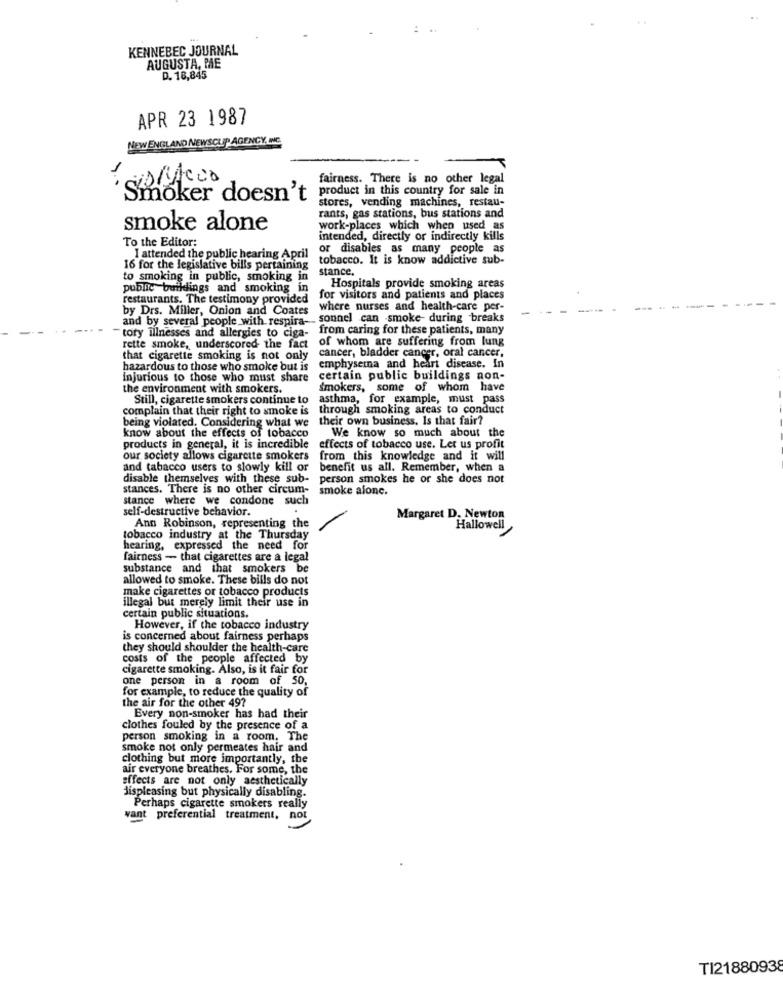
KENNEBEC JOURNAL
AUGUSTA, ME
D. 18,845
APR 23 1987
NEW ENGLAND NEWSCLIP AGENCY, INC.
1
fairness. There is no other legal
product in this country for sale in
'Smoker doesn't
stores, vending machines, restau-
rants, gas stations, bus stations and
smoke alone
work-places which when used as
intended, directly or indirectly kills
To the Editor:
or disables as many people as
I attended the public hearing April
tobacco. It is know addictive sub-
16 for the legislative bills pertaining
stance.
to smoking in public, smoking in
public buildings and smoking in
Hospitals provide smoking areas
restaurants. The testimony provided
for visitors and patients and places
by Drs. Miller, Onion and Coates
where nurses and health-care per-
and by several people with respira --
.sonnel can smoke- during breaks
from caring for these patients, many
tory illnesses and allergies to ciga-
of whom are suffering from lung
rette smoke, underscored the fact
cancer, bladder cancer, oral cancer,
that cigarette smoking is not only
hazardous to those who smoke but is
emphysema and heart disease. In
injurious to those who must share
certain public buildings non-
the environment with smokers.
Smokers, some of whom have
Still, cigarette smokers continue to
asthma, for example, must pass
complain that their right to smoke is
through smoking areas to conduct
their own business, Is that fair?
being violated. Considering what we
We know so much about the
know about the effects of tobacco
products in general, it is incredible
effects of tobacco use. Let us profit
our society allows cigarette smokers
from this knowledge and it will
and tabacco users to slowly kill or
benefit us all. Remember, when a
disable themselves with these sub-
person smokes he or she does not
stances. There is no other circum-
smoke alone.
stance where we condone such
self-destructive behavior.
Margaret D. Newton
Ann Robinson, representing the
Hallowell
tobacco industry at the Thursday
hearing, expressed the need for
fairness - that cigarettes are a legal
substance and that smokers be
allowed to smoke. These bills do not
make cigarettes or tobacco products
illegal but merely limit their use in
certain public situations.
However, if the tobacco industry
is concerned about fairness perhaps
they should shoulder the health-care
costs of the people affected by
cigarette smoking. Also, is it fair for
one person in a room of 50,
for example, to reduce the quality of
the air for the other 49?
Every non-smoker has had their
clothes fouled by the presence of a
person smoking in a room. The
smoke not only permeates hair and
clothing but more importantly, the
air everyone breathes. For some, the
effects are not only aesthetically
displeasing but physically disabling.
Perhaps cigarette smokers really
want preferential treatment, not
T121880938